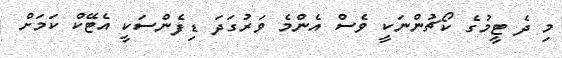
މި ދެ ޓީމުގެ ކޯޗުންނަކީ ވެސް އެންމެ ވަރުގަދަ ޑިފެންސަކީ އެޓޭކް ކަމަށް